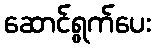
ဆောင်ရွက်ပေး